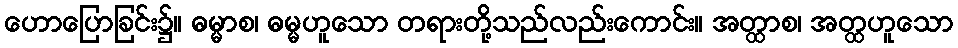
ဟောပြောခြင်း၌။ ဓမ္မာစ၊ ဓမ္မဟူသော တရားတို့သည်လည်းကောင်း။ အတ္ထာစ၊ အတ္ထဟူသော